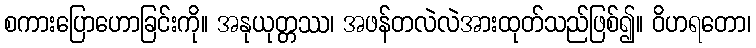
စကားပြောဟောခြင်းကို။ အနုယုတ္တဿ၊ အဖန်တလဲလဲအားထုတ်သည်ဖြစ်၍။ ဝိဟရတော၊